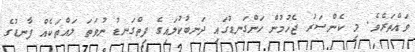
ވައްތަރެވެ. މި ކެންސަރު ޖެހުމުން ހަންގަނޑުގައި ދަނބުކުލައިގެ ފިތްގަނޑު ނުވަތަ ލައްތަކެއް ފާނޑުގެ